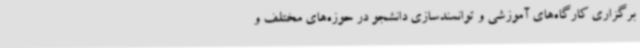
برگزاری کارگاه‌های آموزشی و توانمندسازی دانشجو در حوزه‌های مختلف و